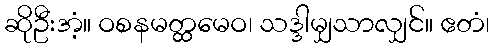
ဆိုဦးအံ့။ ဝစနမတ္ထမေဝ၊ သဒ္ဒါမျှသာလျှင်။ ဧတံ၊